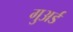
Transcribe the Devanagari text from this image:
गुअर्ड